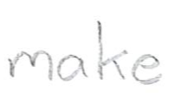
Text: make
Cross-out: clean
Writing tool: pencil